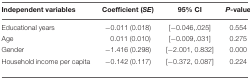
<table><thead><tr><td><b>Independent variables</b></td><td><b>Coefficient (<i>SE</i>)</b></td><td><b>95% CI</b></td><td><b><i>P</i>-value</b></td></tr></thead><tbody><tr><td>Educational years</td><td>-0.011 (0.018)</td><td>[-0.046,.025]</td><td>0.554</td></tr><tr><td>Age</td><td>0.011 (0.010)</td><td>[-0.009,.031]</td><td>0.275</td></tr><tr><td>Gender</td><td>-1.416 (0.298)</td><td>[-2.001, 0.832]</td><td>0.000</td></tr><tr><td>Household income per capita</td><td>-0.142 (0.117)</td><td>[-0.372, 0.087]</td><td>0.224</td></tr></tbody></table>